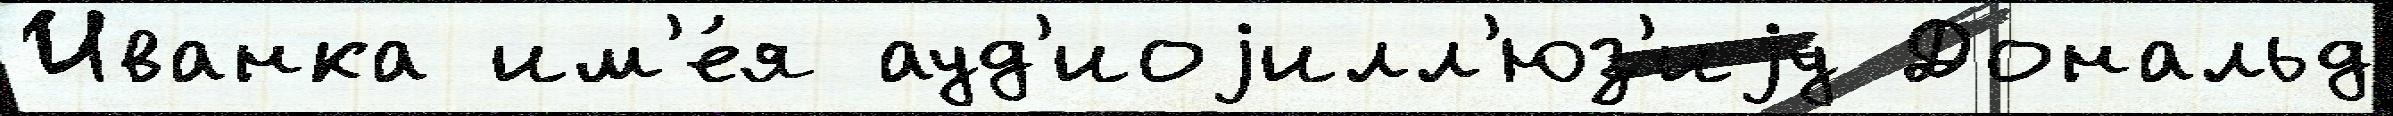
Иванка им'е́я ауд'иоjилл'юз'иjу Дональд